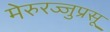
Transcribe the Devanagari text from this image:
मेरुरज्जुप्रसू